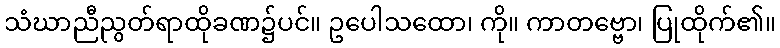
သံဃာညီညွတ်ရာထိုခဏ၌ပင်။ ဥပေါသထော၊ ကို။ ကာတဗ္ဗော၊ ပြုထိုက်၏။